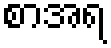
စာအရ